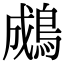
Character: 𪁋